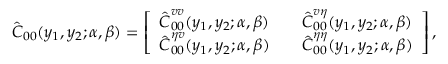
\hat { \boldsymbol { C } } _ { 0 0 } ( y _ { 1 } , y _ { 2 } ; \alpha , \beta ) = \left[ \begin{array} { l l l } { \hat { \boldsymbol { C } } _ { 0 0 } ^ { v v } ( y _ { 1 } , y _ { 2 } ; \alpha , \beta ) } & & { \hat { \boldsymbol { C } } _ { 0 0 } ^ { v \eta } ( y _ { 1 } , y _ { 2 } ; \alpha , \beta ) } \\ { \hat { \boldsymbol { C } } _ { 0 0 } ^ { \eta v } ( y _ { 1 } , y _ { 2 } ; \alpha , \beta ) } & & { \hat { \boldsymbol { C } } _ { 0 0 } ^ { \eta \eta } ( y _ { 1 } , y _ { 2 } ; \alpha , \beta ) } \end{array} \right] \mathrm { , }